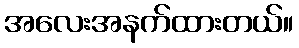
အလေးအနက်ထားတယ်။